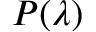
P ( \lambda )